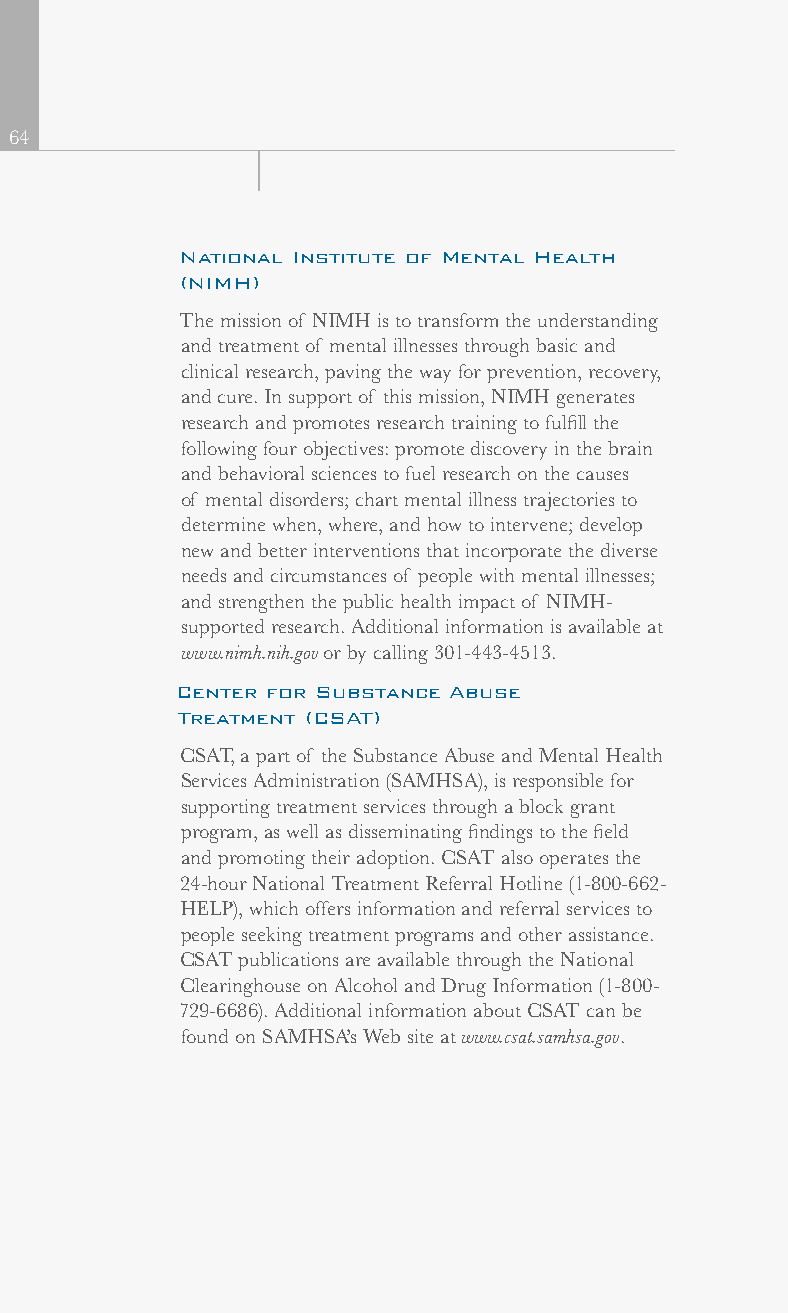
64
 National Institute of Mental Health
 (NIMH)
 The mission of NIMH is to transform the understanding
 and treatment of mental illnesses through basic and
 clinical research, paving the way for prevention, recovery,
 and cure. In support of this mission, NIMH generates
 research and promotes research training to fulfill the
 following four objectives: promote discovery in the brain
 and behavioral sciences to fuel research on the causes
 of mental disorders; chart mental illness trajectories to
 determine when, where, and how to intervene; develop
 new and better interventions that incorporate the diverse
 needs and circumstances of people with mental illnesses;
 and strengthen the public health impact of NIMH-
 supported research. Additional information is available at
 www.nimh.nih.gov or by calling 301-443-4513.
 Center for Substance Abuse
 Treatment (CSAT)
 CSAT, a part of the Substance Abuse and Mental Health
 Services Administration (SAMHSA), is responsible for
 supporting treatment services through a block grant
 program, as well as disseminating findings to the field
 and promoting their adoption. CSAT also operates the
 24-hour National Treatment Referral Hotline (1-800-662-
 HELP), which offers information and referral services to
 people seeking treatment programs and other assistance.
 CSAT publications are available through the National
 Clearinghouse on Alcohol and Drug Information (1-800-
 729-6686). Additional information about CSAT can be
 found on SAMHSA’s Web site at www.csat.samhsa.gov.